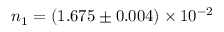
n _ { 1 } = ( 1 . 6 7 5 \pm 0 . 0 0 4 ) \times 1 0 ^ { - 2 }